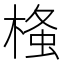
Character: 𭫂